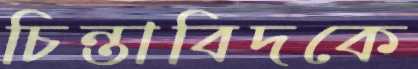
চিন্তাবিদকে